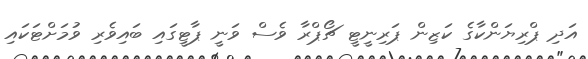
އަދި ޕްރިޔަންކާގެ ކަޒިން ޕަރިނީޓީ ޗޯޕްރާ ވެސް ވަނީ ޕާޓީގައި ބައިވެރި ވުމަށްޓަކައި